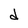
Character: d